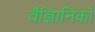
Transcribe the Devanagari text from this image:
वैज्ञिानिकों